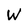
Character: W